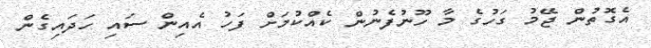
އެގޮތުން ޖޭމު ގަހުގެ މާ ހޫނުފެނުން ކެއްކުމަށް ފަހު އެއިން ސައި ހަދައިގެން